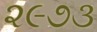
૨૯૭૩